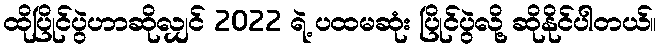
ထိုပြိုင်ပွဲဟာဆိုလျှင် 2022 ရဲ့ ပထမဆုံး ပြိုင်ပွဲလို့ ဆိုနိုင်ပါတယ်။